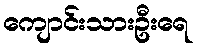
ကျောင်းသားဦးရေ